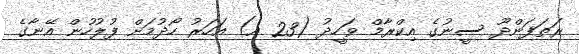
ރަތަފަންދޫ ސީނުގެ އިކްރާމް ވަހީދު (23 އ) އަހަރު ހޯދުމަށް ފުލުހުން އޭނާގެ